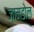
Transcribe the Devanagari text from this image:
जामडोल